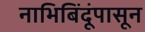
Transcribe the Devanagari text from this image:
नाभिबिंदूंपासून